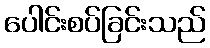
ပေါင်းစပ်ခြင်းသည်